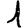
Digit: 1